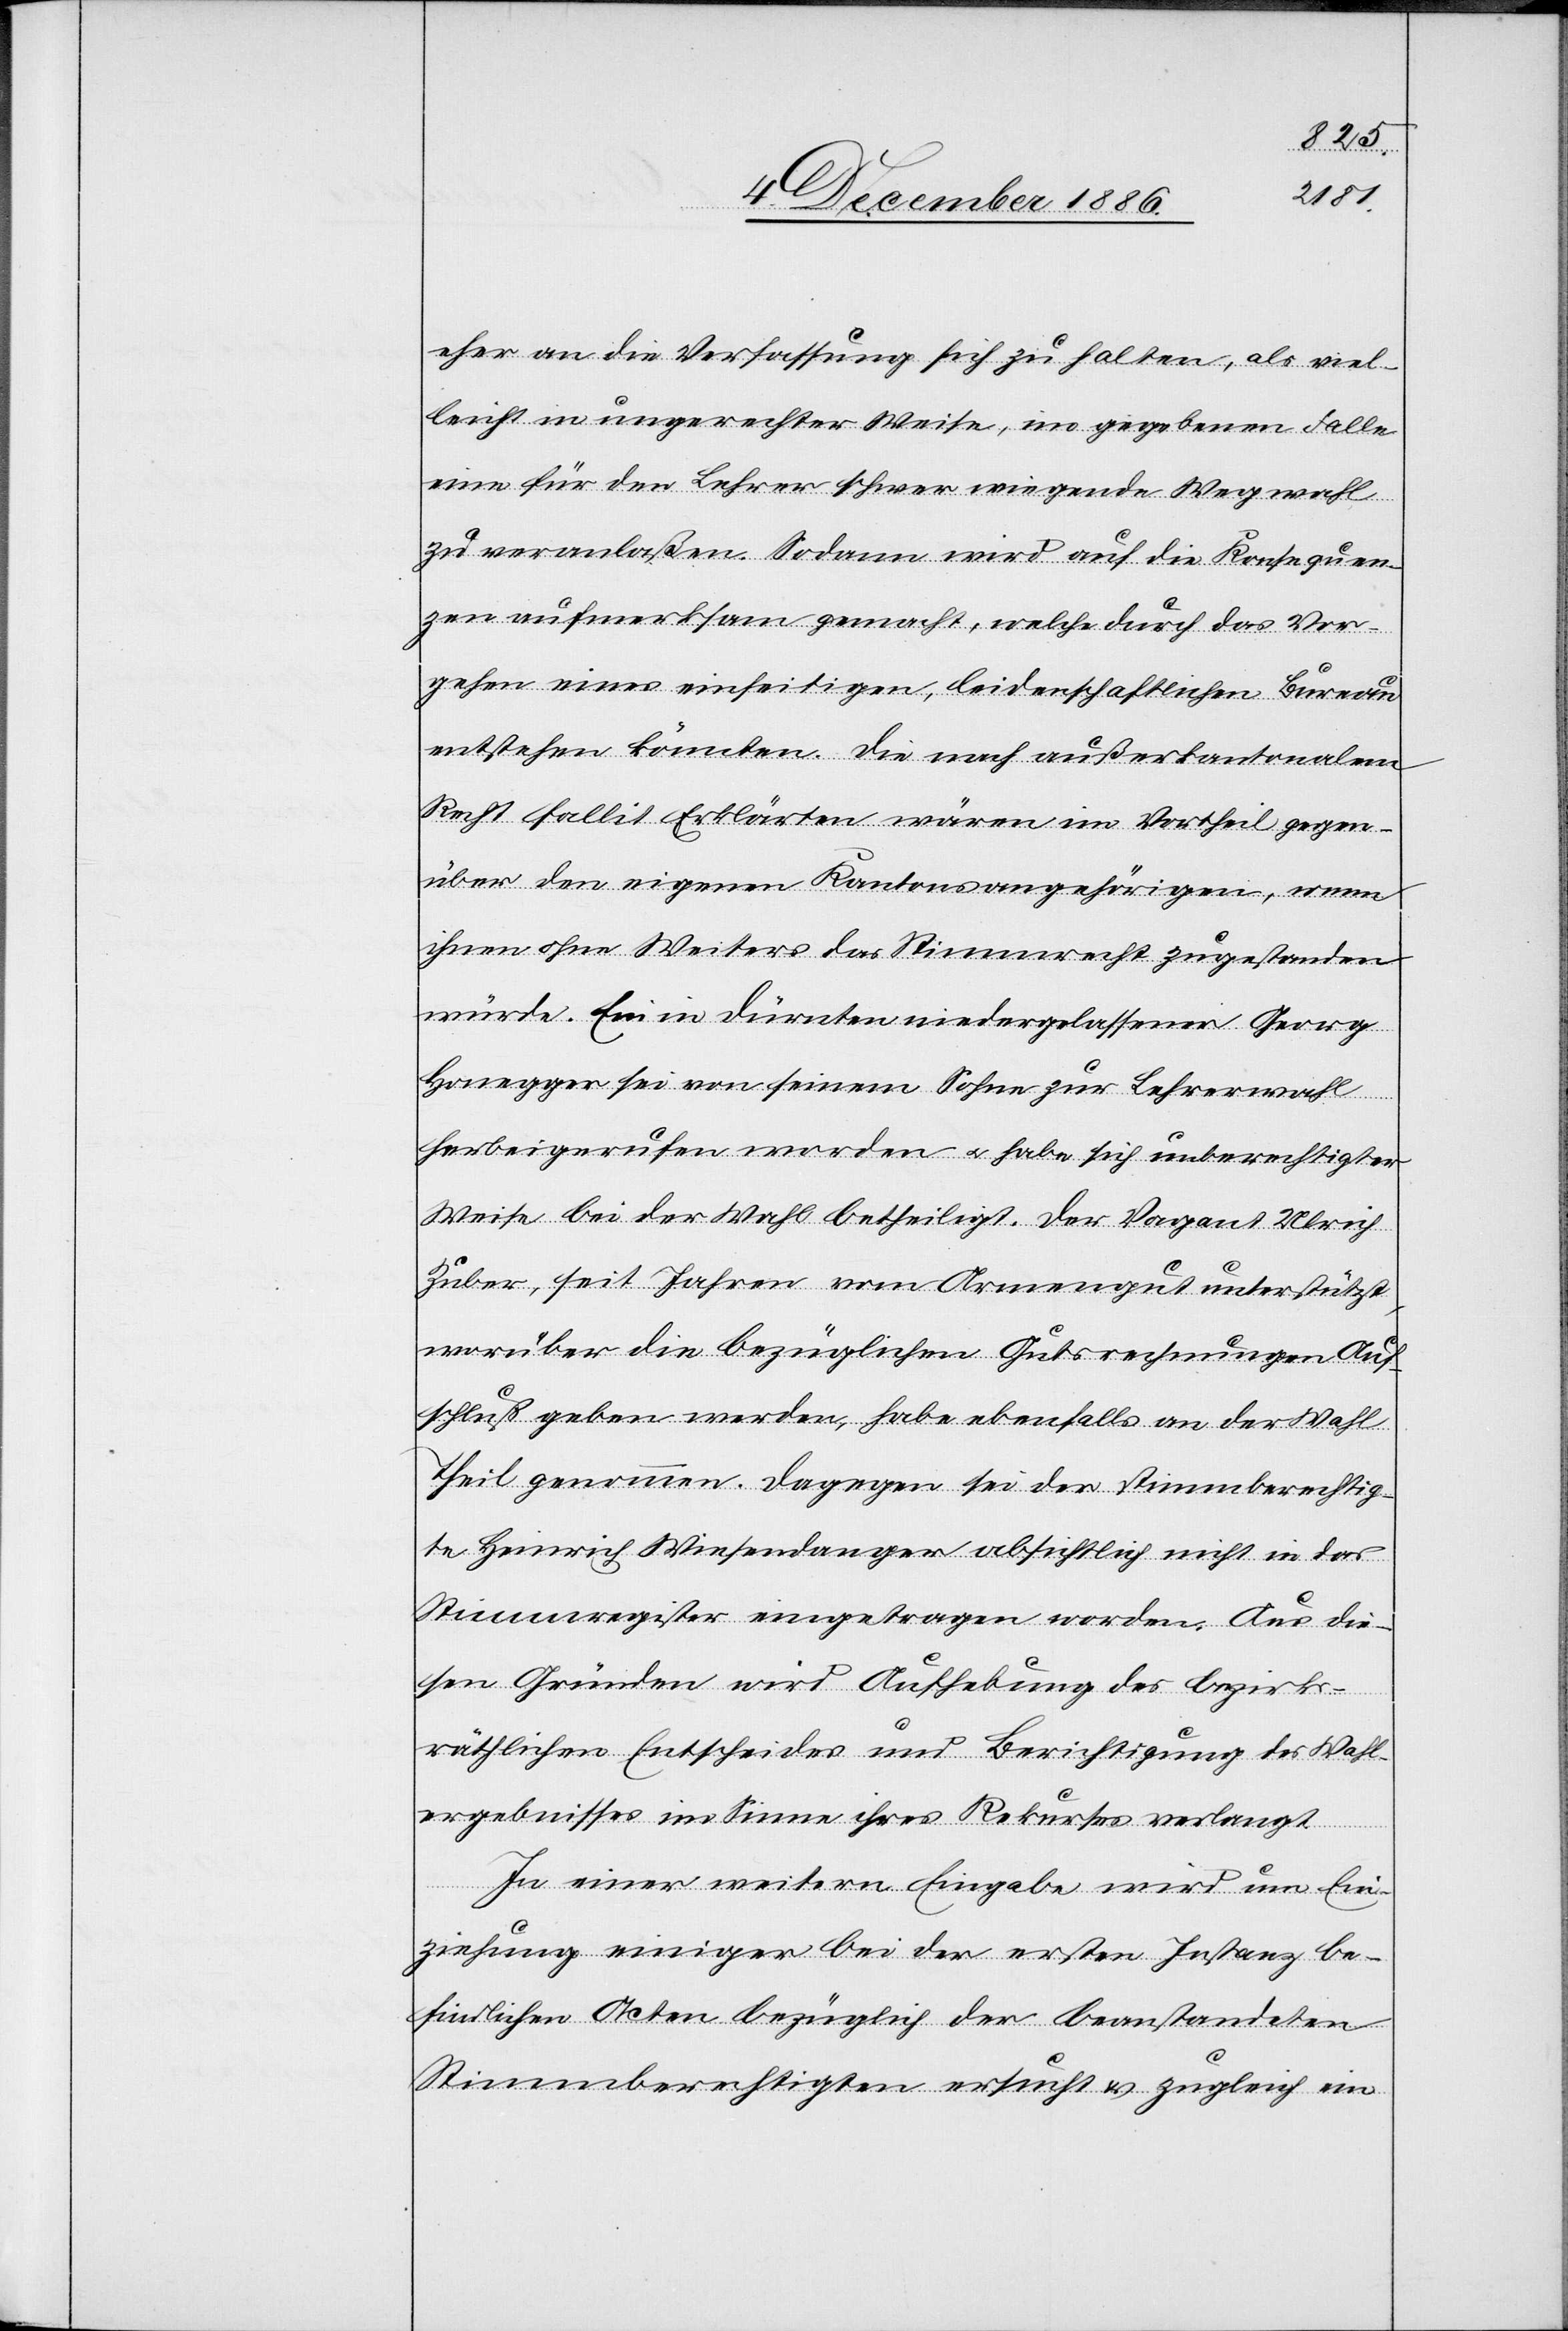
eher an die Verfassung sich zu halten, als viel¬
leicht in ungerechter Weise, im gegebenen Falle
eine für den Lehrer schwer wiegende Wegwahl
zu veranlaßen. Sodann wird auf die Konsequen¬
zen aufmerksam gemacht, welche durch das Vor¬
gehen eines einseitigen, leidenschaftlichen Bureau
entstehen könnten. Die nach außerkantonalem
Recht fallit Erklärten wären im Vortheil gegen¬
über den eigenen Kantonsangehörigen, wenn
ihnen ohne Weiters das Stimmrecht zugestanden
würde. Ein in Dürnten niedergelassener Georg
Honegger sei von seinem Sohne zur Lehrerwahl
herbeigerufen worden & habe sich unberechtigter
Weise bei der Wahl betheiligt. Der Vagant Ulrich
Zuber, seit Jahren vom Armengut unterstützt,
worüber die bezüglichen Gutsrechnungen Auf¬
schluß geben werden, habe ebenfalls an der Wahl
Theil genommen. Dagegen sei der stimmberechtig¬
te Heinrich Wiesendanger absichtlich nicht in das
Stimmregister eingetragen worden. Aus die¬
sen Gründen wird Aufhebung des bezirks¬
räthlichen Entscheides und Berichtigung des Wahl¬
ergebnisses im Sinne ihres Rekurses verlangt.
In einer weitern Eingabe wird um Ein¬
ziehung einiger bei der ersten Instanz be¬
findlichen Acten bezüglich der beanstandeten
Stimmberechtigten ersucht & zugleich ein